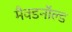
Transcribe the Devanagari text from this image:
मैक्डनॉल्ड